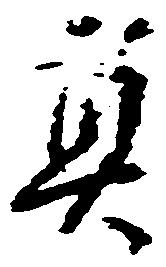
真